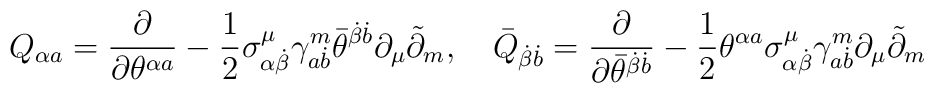
Q_{\alpha a}=\frac \partial {\partial \theta ^{\alpha a}}-\frac 12\sigma_{\alpha \dot{\beta}}^\mu \gamma _{a\dot{b}}^m\bar{\theta}^{\dot{\beta}\dot{b}}\partial _\mu \tilde{\partial}_m,\quad \bar{Q}_{\dot{\beta}\dot{b}}=\frac\partial {\partial \bar{\theta}^{\dot{\beta}\dot{b}}}-\frac 12\theta^{\alpha a}\sigma _{\alpha \dot{\beta}}^\mu \gamma _{a\dot{b}}^m\partial_\mu \tilde{\partial}_m